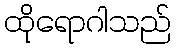
ထိုရောဂါသည်